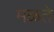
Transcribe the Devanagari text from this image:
मळते